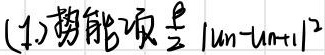
(1) 势能项 $\frac{1}{2}|u_n - u_{n - 1}|^2$